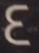
4